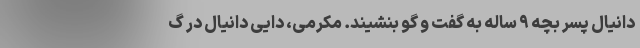
دانیال پسر بچه ۹ ساله به گفت و گو بنشیند. مکرمی، دایی دانیال در گ